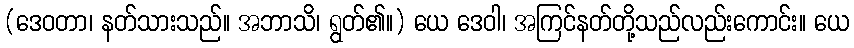
(ဒေဝတာ၊ နတ်သားသည်။ အဘာသိ၊ ရွတ်၏။) ယေ ဒေဝါ၊ အကြင်နတ်တို့သည်လည်းကောင်း။ ယေ